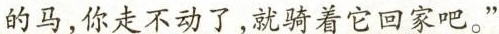
的马，你走不动了，就骑着它回家吧。”